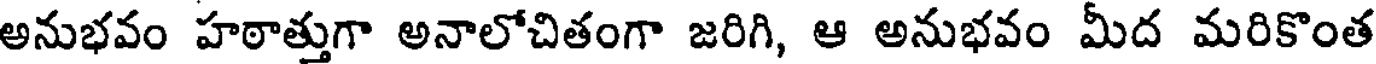
అనుభవం హఠాత్తుగా అనాలోచితంగా జరిగి, ఆ అనుభవం మీద మరికొంత